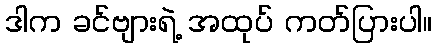
ဒါက ခင်ဗျားရဲ့ အထုပ် ကတ်ပြားပါ။